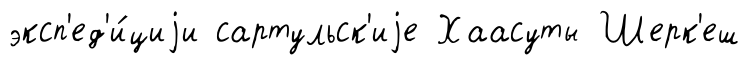
эксп'ед'и́циjи сартульск'иjе Хаасуты Шерк'еш